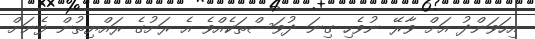
އިހަވަންދު އަށް ވާރޭ ނުވެހި ގިނަ ދުވަސްތަކެއްވެ އެ ރަށުގެ ރައްޔިތުން ފެނަށް